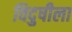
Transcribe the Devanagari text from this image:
विदुषीला